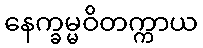
နေက္ခမ္မဝိတက္ကာယ